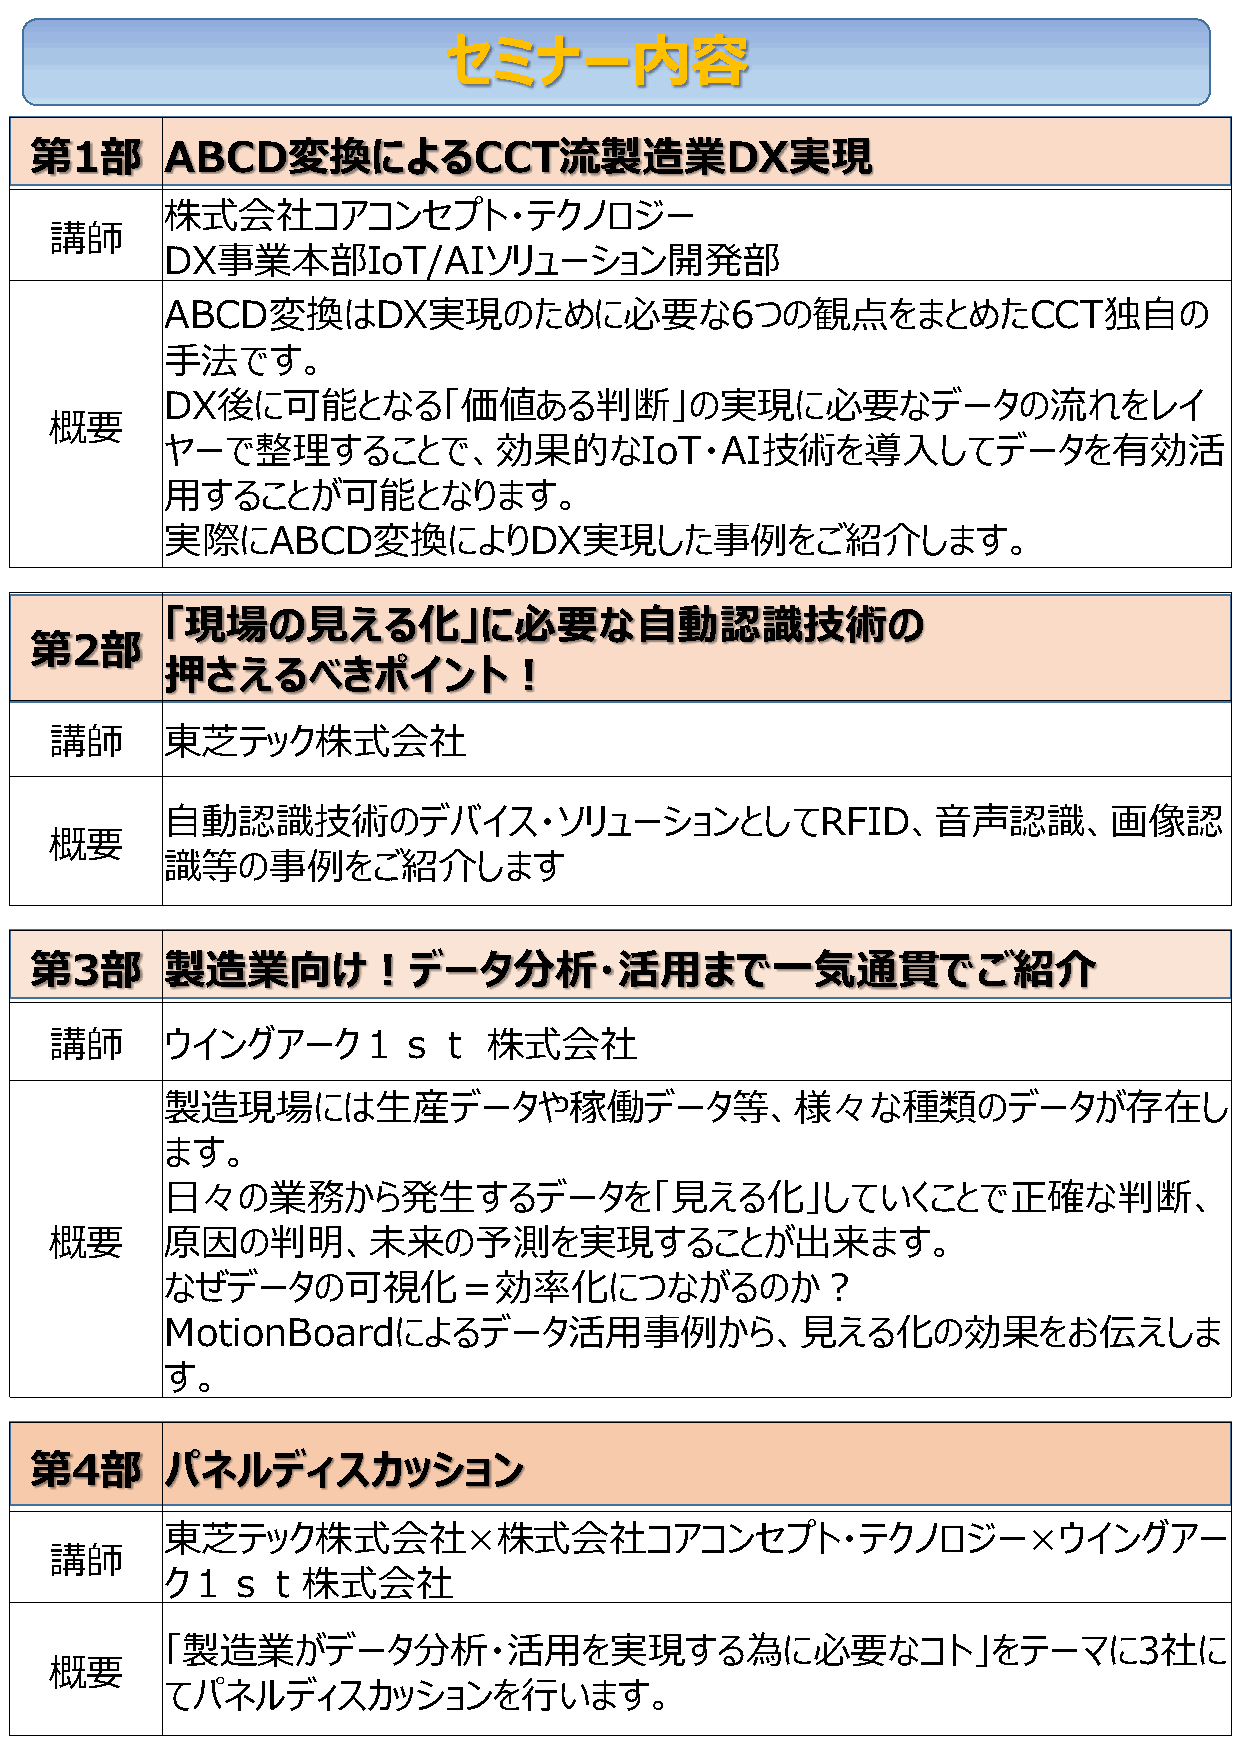
セミナー内容
 第1部      ABCD変換によるCCT流製造業DX実現
 株式会社コアコンセプト・テクノロジー
 講師
 DX事業本部IoT/AIソリューション開発部
 ABCD変換はDX実現のために必要な6つの観点をまとめたCCT独自の
 手法です。
 DX後に可能となる「価値ある判断」の実現に必要なデータの流れをレイ
 概要
 ヤーで整理することで、効果的なIoT・AI技術を導入してデータを有効活
 用することが可能となります。
 実際にABCD変換によりDX実現した事例をご紹介します。
 「現場の見える化」に必要な自動認識技術の
 第2部
 押さえるべきポイント！
 講師      東芝テック株式会社
 自動認識技術のデバイス・ソリューションとしてRFID、音声認識、画像認
 概要
 識等の事例をご紹介します
 第3部      製造業向け！データ分析・活用まで一気通貫でご紹介
 講師      ウイングアーク１ｓｔ           株式会社
 製造現場には生産データや稼働データ等、様々な種類のデータが存在し
 ます。
 日々の業務から発生するデータを「見える化」していくことで正確な判断、
 概要      原因の判明、未来の予測を実現することが出来ます。
 なぜデータの可視化＝効率化につながるのか？
 MotionBoardによるデータ活用事例から、見える化の効果をお伝えしま
 す。
 第4部      パネルディスカッション
 東芝テック株式会社×株式会社コアコンセプト・テクノロジー×ウイングアー
 講師
 ク１ｓｔ株式会社
 「製造業がデータ分析・活用を実現する為に必要なコト」をテーマに3社に
 概要
 てパネルディスカッションを行います。